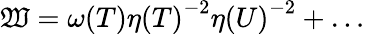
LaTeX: {\cal\mathfrak{W}}={\omega(T)}{\eta(T)}^{-2}{\eta(U)}^{-2}+{\dots}